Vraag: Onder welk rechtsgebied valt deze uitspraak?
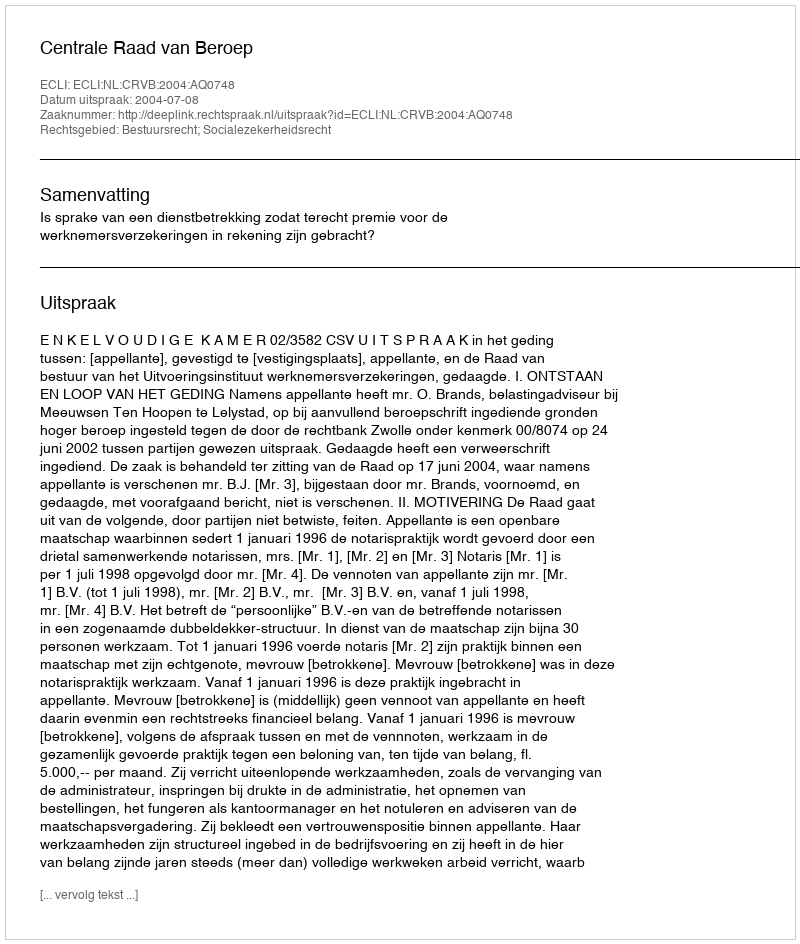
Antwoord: Bestuursrecht; Socialezekerheidsrecht